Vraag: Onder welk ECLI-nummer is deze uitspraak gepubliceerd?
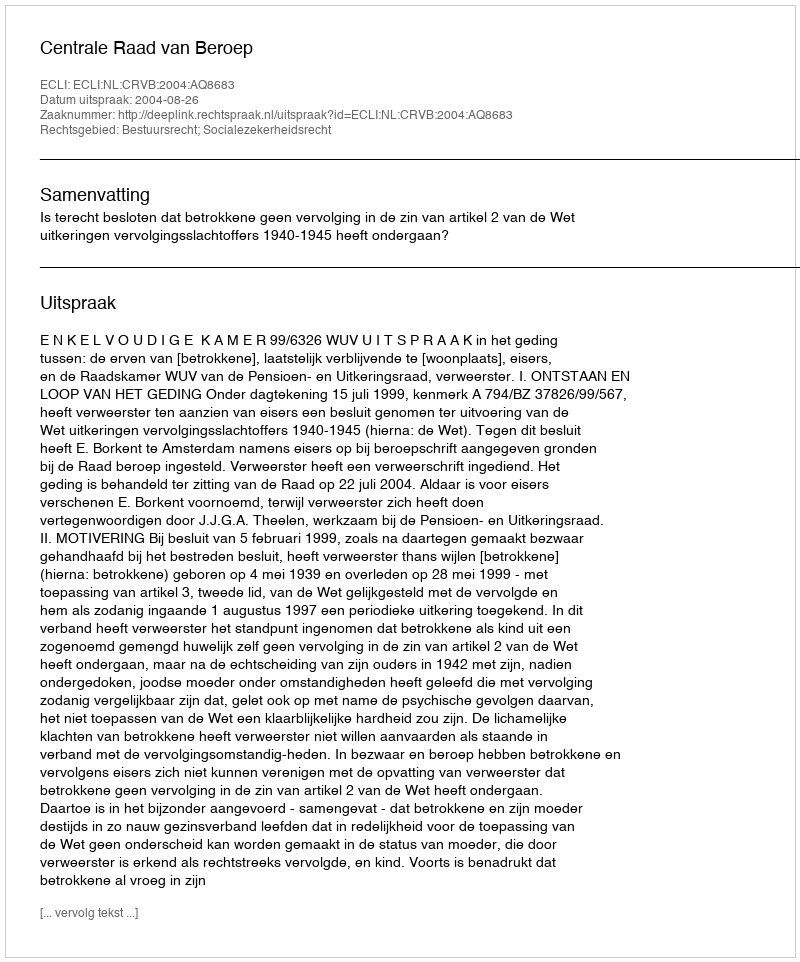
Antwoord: ECLI:NL:CRVB:2004:AQ8683